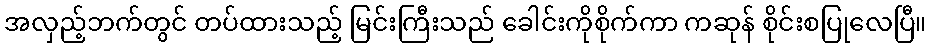
အလှည့်ဘက်တွင် တပ်ထားသည့် မြင်းကြီးသည် ခေါင်းကိုစိုက်ကာ ကဆုန် စိုင်းစပြုလေပြီ။